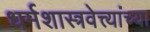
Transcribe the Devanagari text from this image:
धर्मशास्त्रवेत्त्यांच्या